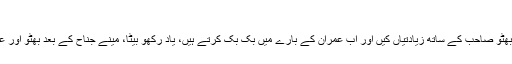
باباجی تو آپے سے باہر ہو گئے اور بولے
ہاشمی کی ___کو ____، کہتے ہیں پہلے بھٹو صاحب کے ساتھ زیادتیاں کیں اور اب عمران کے بارے میں بک بک کرتے ہیں، یاد رکھو بیٹا، مینے جناح کے بعد بھٹو اور عمران سے زیادہ محب وطن انسان نہیں دیکھا۔